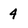
Character: 4